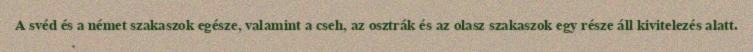
A svéd és a német szakaszok egésze, valamint a cseh, az osztrák és az olasz szakaszok egy része áll kivitelezés alatt.